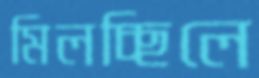
মিলচ্ছিলে